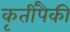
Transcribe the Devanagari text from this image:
कृतींपैकी